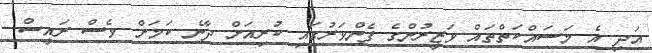
އަދި އެ މަސައްކަތްތައް ވަޒީރުންގެ ފެންވަރުގައި ކުރިއަށް ދާނެ ކަމަށް ވެސް ރައީސް